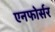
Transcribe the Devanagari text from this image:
एनफोर्सर